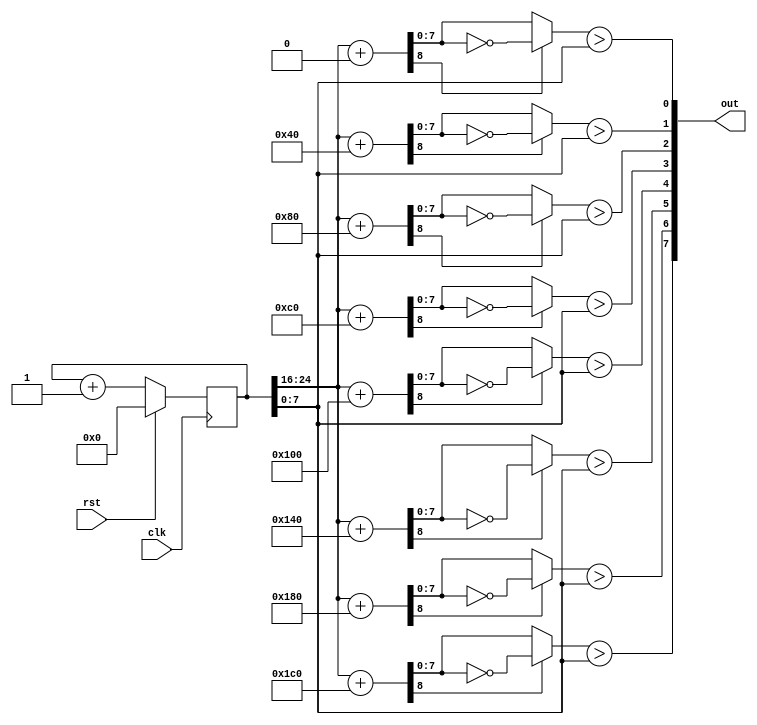
/*
   This file was generated automatically by the Mojo IDE version B1.3.5.
   Do not edit this file directly. Instead edit the original Lucid source.
   This is a temporary file and any changes made to it will be destroyed.
*/

/*
   Parameters:
     CTR_LEN = 25
*/
module wave_17 (
    input clk,
    input rst,
    output reg [7:0] out
  );
  
  localparam CTR_LEN = 5'h19;
  
  
  reg [24:0] M_ctr_d, M_ctr_q = 1'h0;
  
  integer i;
  
  reg [7:0] acmp;
  
  reg [8:0] result;
  
  always @* begin
    M_ctr_d = M_ctr_q;
    
    M_ctr_d = M_ctr_q + 1'h1;
    for (i = 1'h0; i < 4'h8; i = i + 1) begin
      result = M_ctr_q[16+8-:9] + i * 8'h40;
      if (result[8+0-:1]) begin
        acmp = ~result[0+7-:8];
      end else begin
        acmp = result[0+7-:8];
      end
      out[(i)*1+0-:1] = acmp > M_ctr_q[0+7-:8];
    end
  end
  
  always @(posedge clk) begin
    if (rst == 1'b1) begin
      M_ctr_q <= 1'h0;
    end else begin
      M_ctr_q <= M_ctr_d;
    end
  end
  
endmodule